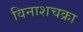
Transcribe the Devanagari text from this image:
विनाशचक्रा